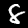
Digit: 8